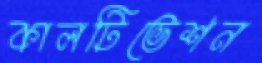
কালটিভেশন